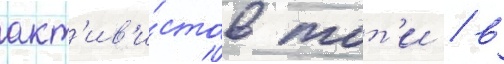
акт'ив'и́стов тот'и / в